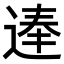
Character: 𨔐